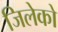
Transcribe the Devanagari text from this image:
जिलेको